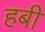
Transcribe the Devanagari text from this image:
हबी